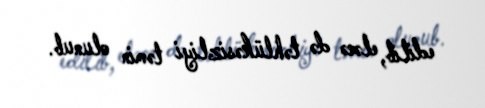
edilib, eləcə də təhlükəsizliyi təmin olunub.